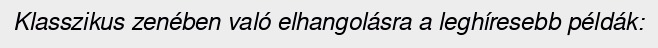
Klasszikus zenében való elhangolásra a leghíresebb példák: